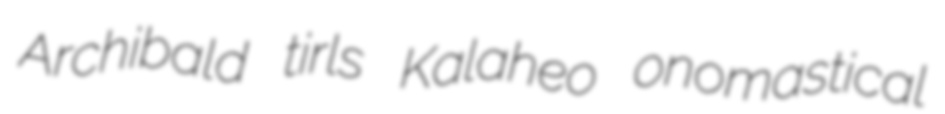
Archibald tirls Kalaheo onomastical